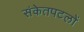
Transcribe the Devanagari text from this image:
संकेतपटलों